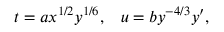
t = a x ^ { 1 / 2 } y ^ { 1 / 6 } , \; \; \; u = b y ^ { - 4 / 3 } y ^ { \prime } ,